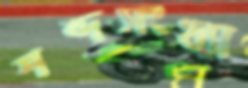
শব্দসংখ্যা